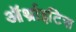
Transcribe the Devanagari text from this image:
ऑर्थ्राइटिस